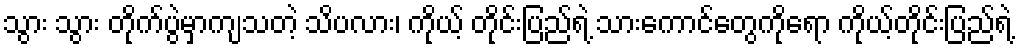
သွား သွား တိုက်ပွဲမှာကျသတဲ့ သိပလား၊ ကိုယ့် တိုင်းပြည်ရဲ့ သားကောင်တွေကိုရော ကိုယ့်တိုင်းပြည်ရဲ့